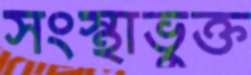
সংস্থাভুক্ত